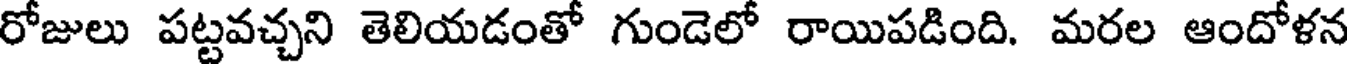
రోజులు పట్టవచ్చని తెలియడంతో గుండెలో రాయిపడింది. మరల ఆందోళన